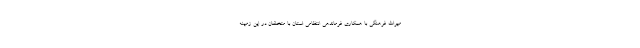
میراث فرهنگی با همکاری فرماندهی انتظامی استان با متخلفان در این زمینه